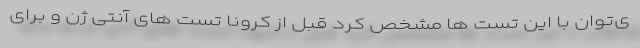
ی‌توان با این تست ها مشخص کرد قبل از کرونا تست های آنتی ژن و برای